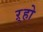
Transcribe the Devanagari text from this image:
ऱ्हो